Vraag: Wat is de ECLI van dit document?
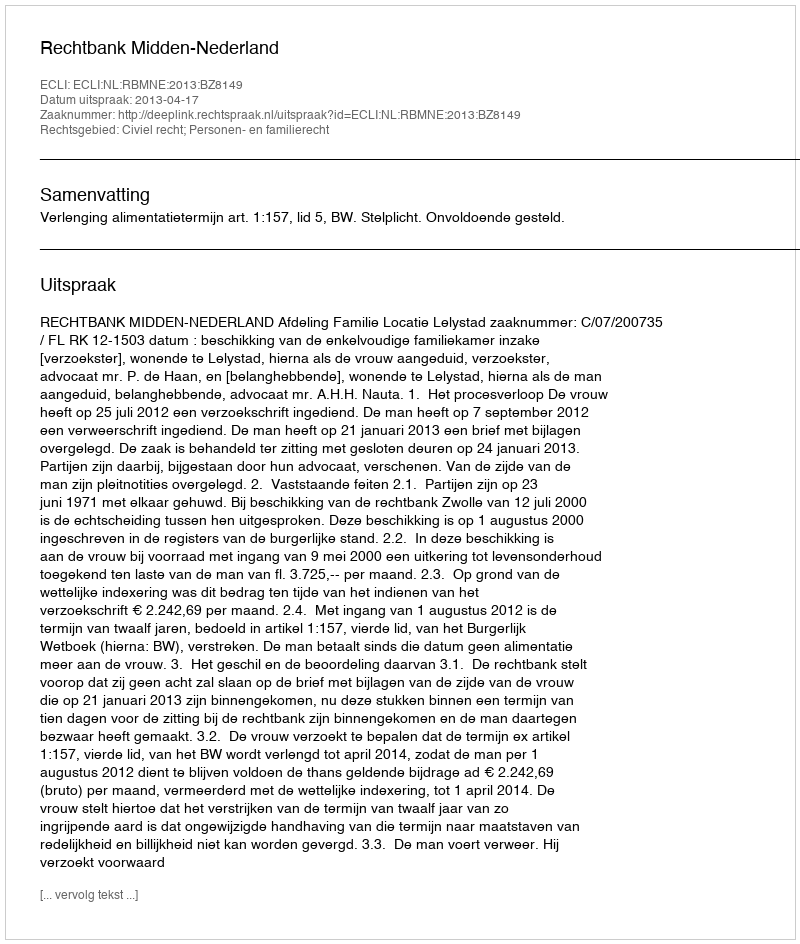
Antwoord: ECLI:NL:RBMNE:2013:BZ8149